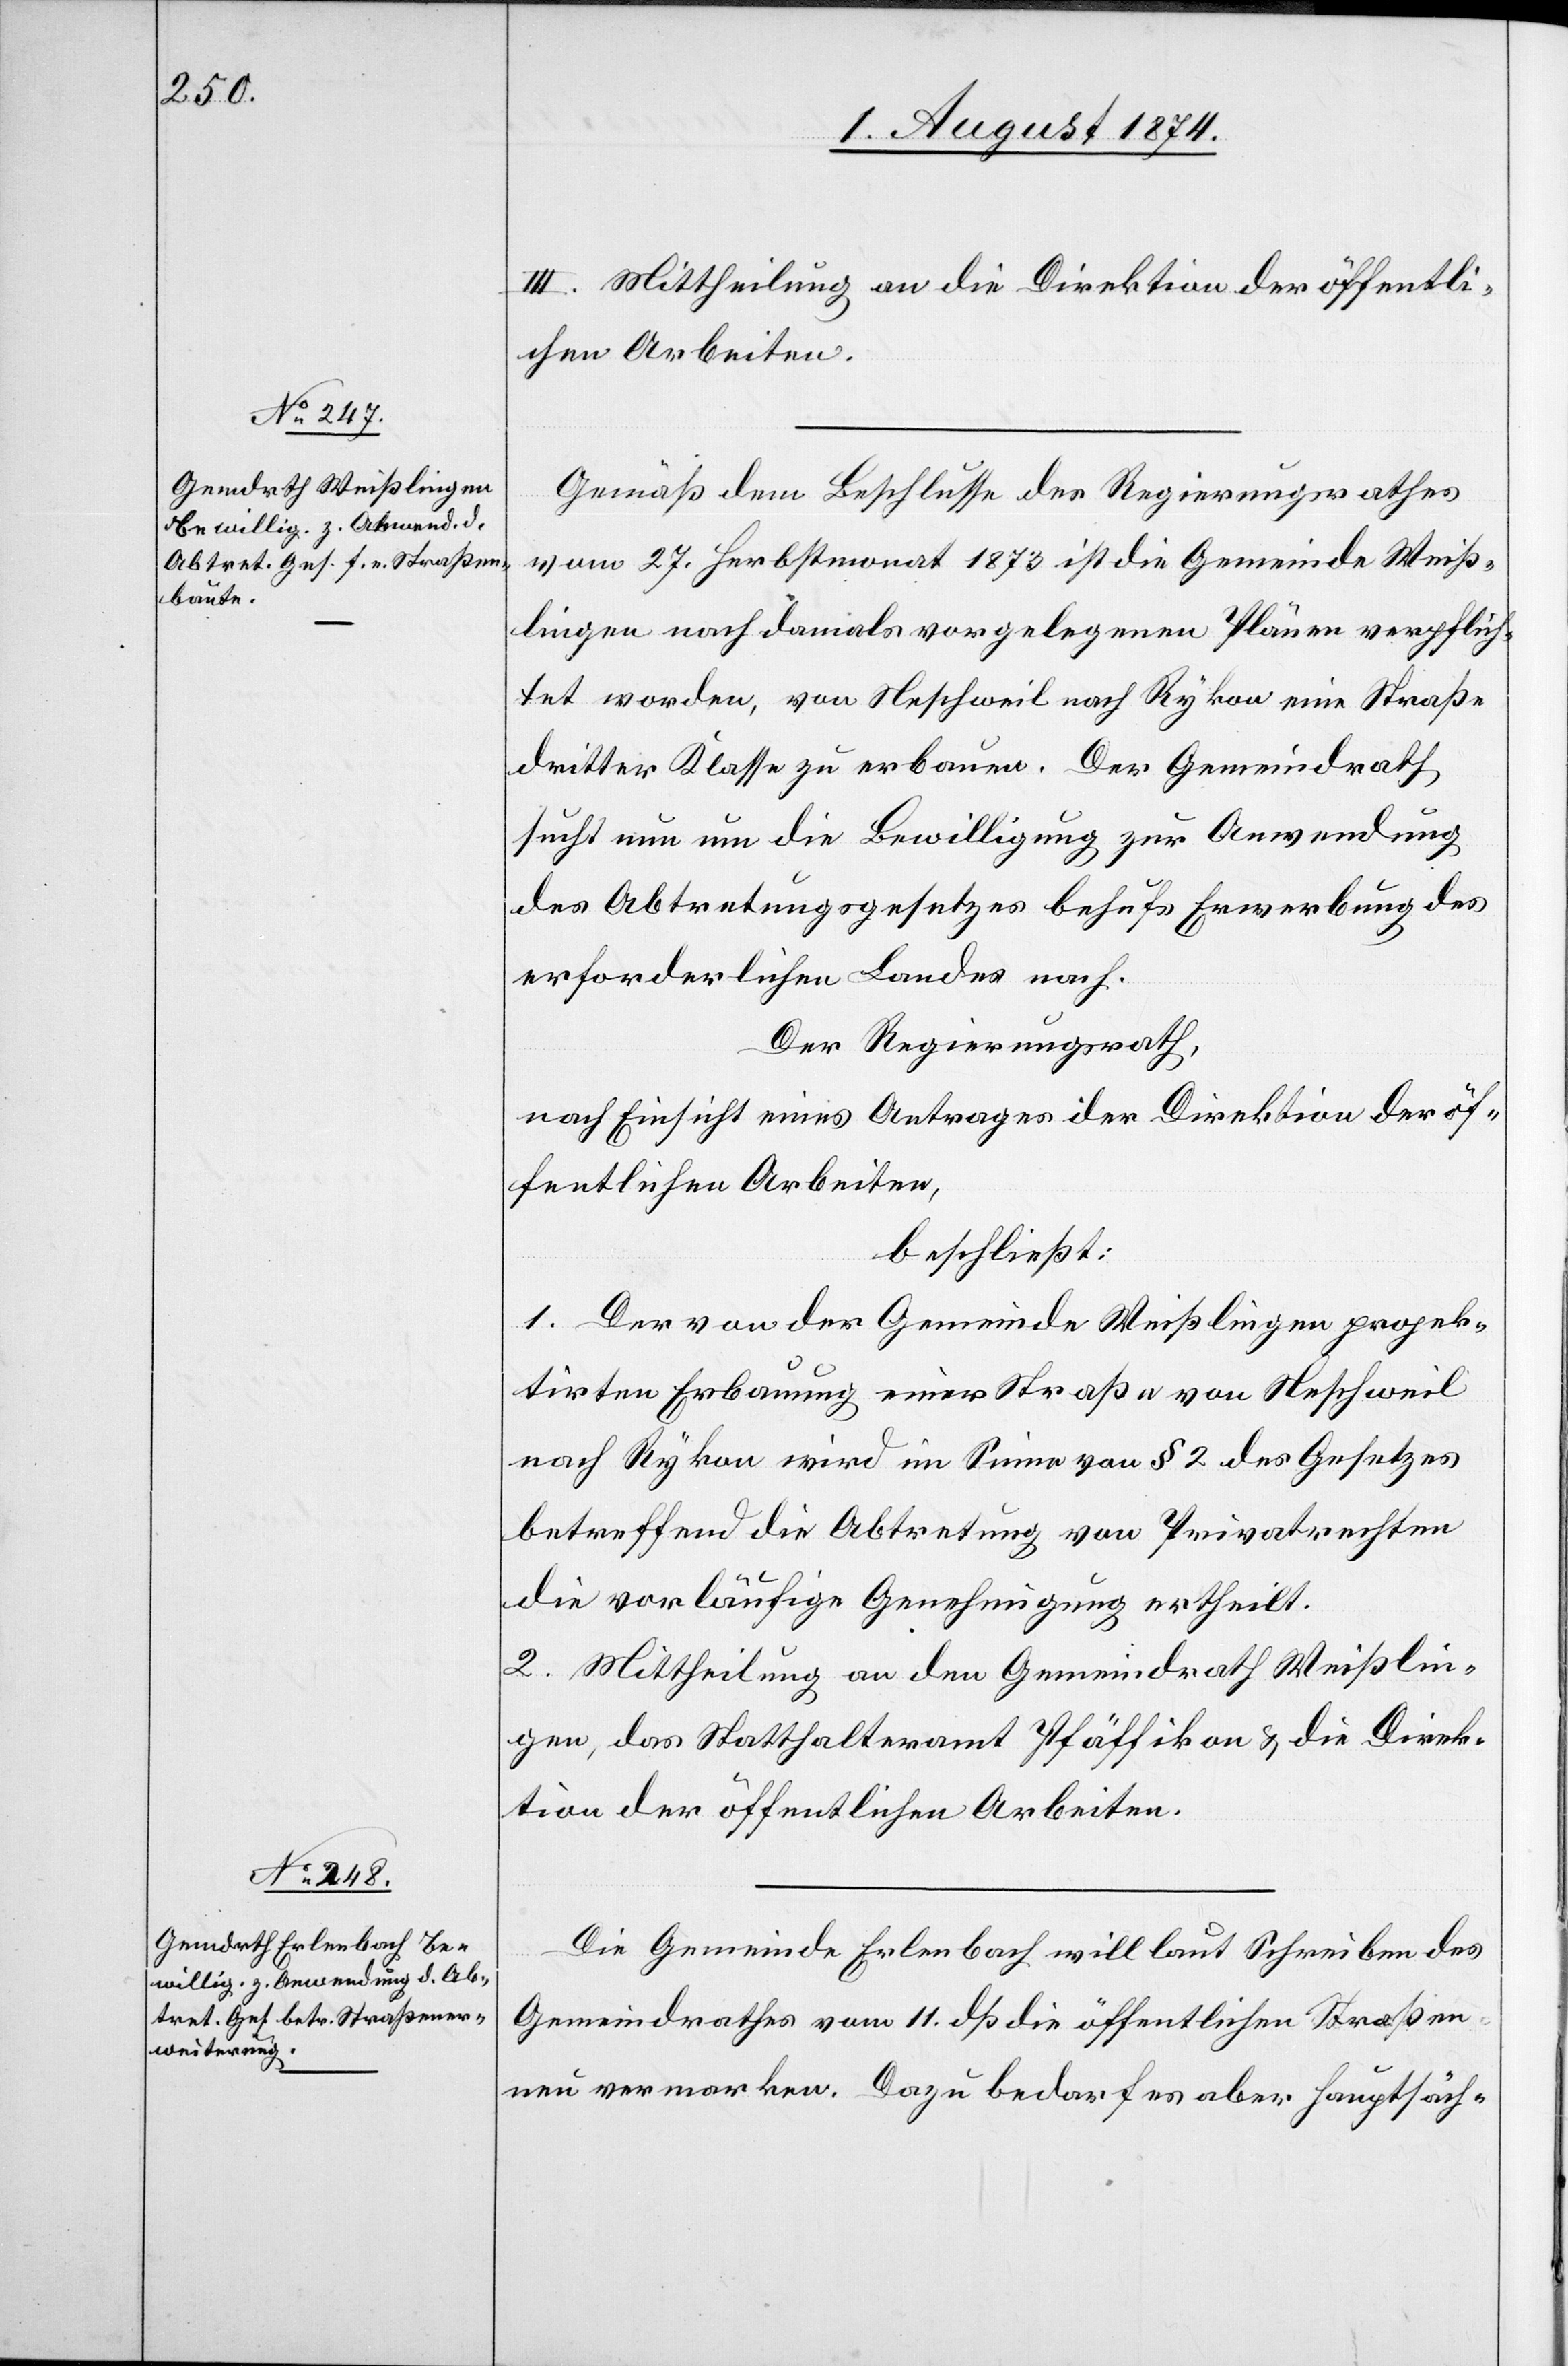
III. Mittheilung an die Direktion der öffentli¬
chen Arbeiten.
Gemäß dem Beschlusse des Regierungsrathes
vom 27. Herbstmonat 1873 ist die Gemeinde Weiß¬
lingen nach damals vorgelegenen Plänen verpflich¬
tet worden, von Neschweil nach Rykon eine Straße
dritter Klasse zu erbauen. Der Gemeindrath
sucht nun um die Bewilligung zur Anwendung
des Abtretungsgesetzes behufs Erwerbung des
erforderlichen Landes nach.
Der Regierungsrath,
nach Einsicht eines Antrages der Direktion der öf¬
fentlichen Arbeiten,
beschließt:
1. Der von der Gemeinde Weißlingen projek¬
tirten Erbauung einer Straße von Neschweil
nach Rykon wird im Sinne von § 2 des Gesetzes
betreffend die Abtretung von Privatrechten
die vorläufige Genehmigung ertheilt.
2. Mittheilung an den Gemeindrath Weißlin¬
gen, das Statthalteramt Pfäffikon u. die Direk¬
tion der öffentlichen Arbeiten.
Die Gemeinde Erlenbach will laut Schreiben des
Gemeindrathes vom 11. dß die öffentlichen Straßen
neu vermarken. Dazu bedarf es aber hauptsäch-